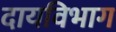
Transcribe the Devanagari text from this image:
दायविभाग